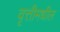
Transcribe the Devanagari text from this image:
वृत्तीमधील